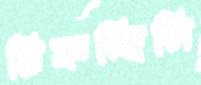
ঢিকচ্ছিলি